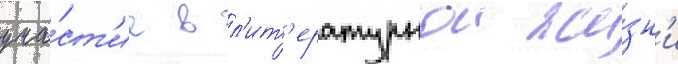
уча́ст'ие в л'ит'ературнои жи́зн'и